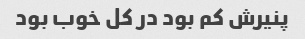
پنیرش کم بود در کل خوب بود